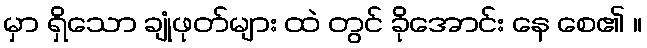
မှာ ရှိသော ချုံဖုတ်များ ထဲ တွင် ခိုအောင်း နေ စေ၏ ။